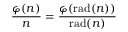
{ \frac { \varphi ( n ) } { n } } = { \frac { \varphi ( \operatorname { r a d } ( n ) ) } { \operatorname { r a d } ( n ) } }